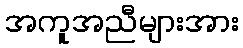
အကူအညီများအား